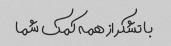
با تشکر از همه کمک شما